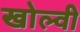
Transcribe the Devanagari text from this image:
खोल्वी